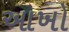
આખો